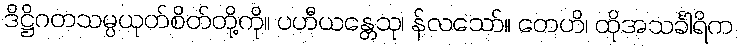
ဒိဋ္ဌိဂတသမ္ပယုတ်စိတ်တို့ကို။ ပဟီယန္တေသု၊ န်လသော်။ တေဟိ၊ ထိုအသင်္ခါရိက